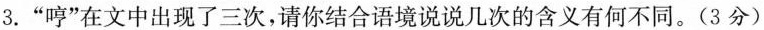
”哼”中出现了三次，请你结合语境说说儿次的含义有何不同。(3分)